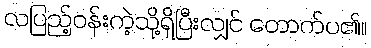
လပြည့်ဝန်းကဲ့သို့ရှိပြီးလျှင် တောက်ပ၏။